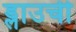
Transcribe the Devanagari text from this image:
ड्लाउची